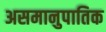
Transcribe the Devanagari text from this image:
असमानुपातिक